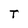
Character: T